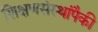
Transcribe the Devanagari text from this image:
शिक्षणसंस्थांपैकी